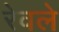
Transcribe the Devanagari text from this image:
रेवले